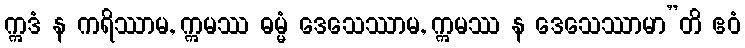
ဣဒံ န ကရိဿာမ, ဣမဿ ဓမ္မံ ဒေသေဿာမ, ဣမဿ န ဒေသေဿာမာ”တိ ဧဝံ